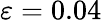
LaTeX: \varepsilon=0.04